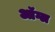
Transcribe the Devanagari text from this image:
ऑग्ल